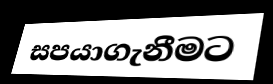
සපයාගැනීමට